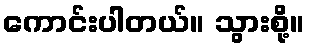
ကောင်းပါတယ်။ သွားစို့။